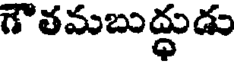
గౌతమబుద్ధుడు